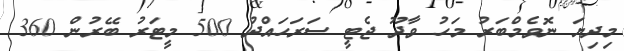
މިދިޔަ ނޮވެމްބަރު މަހު ވާދޫ ޖެޓީ ސަރަހައްދު 500 މީޓަރު ބޭރުން 360